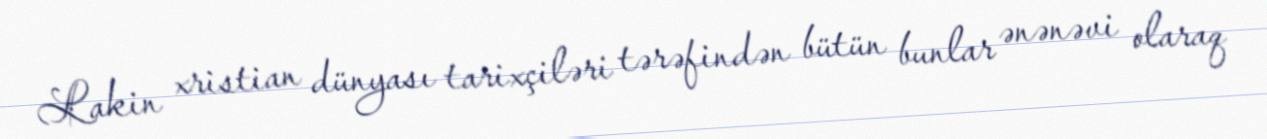
Lakin xristian dünyası tarixçiləri tərəfindən bütün bunlar ənənəvi olaraq